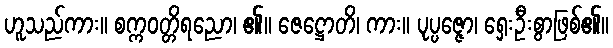
ဟူသည်ကား။ စက္ကဝတ္တိရညော၊ ၏။ ဇေဋ္ဌောတိ၊ ကား။ ပုပ္ပဇ္ဇော၊ ရှေးဦးစွာဖြစ်၏။